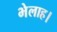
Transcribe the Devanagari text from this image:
भेलाह।